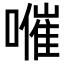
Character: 𡀰